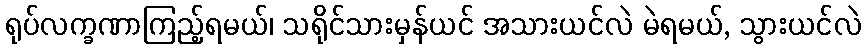
ရုပ်လက္ခဏာကြည့်ရမယ်၊ သရိုင်သားမှန်ယင် အသားယင်လဲ မဲရမယ်, သွားယင်လဲ